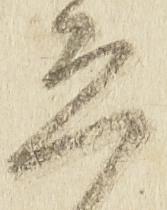
ゑ